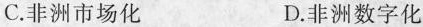
C.非洲市场化 D.非洲数字化